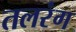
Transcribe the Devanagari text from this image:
तलरंग